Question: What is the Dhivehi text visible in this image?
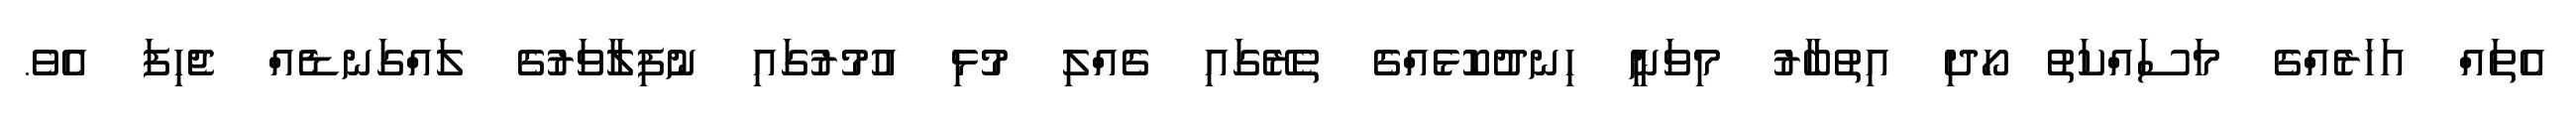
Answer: އެތައް އަހަރެއްގެ މަސައްކަތު ހޯދި އިތުބާރު މިވަނީ ހިނދުކޮޅެއްގެ ތެރޭގައި ގެއްލި މުޅި އުމުރުގައި ނުފިލާވަރުގެ ލައްގަނޑެއް ޖެހިފަ އެވެ.